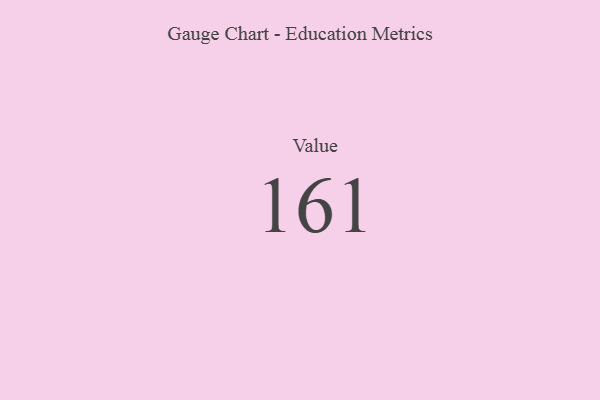
{"axis": {"x": "Metric", "y": "Value"}, "legend": [""], "data": [{"x": "Value", "y": 161, "type": ""}]}